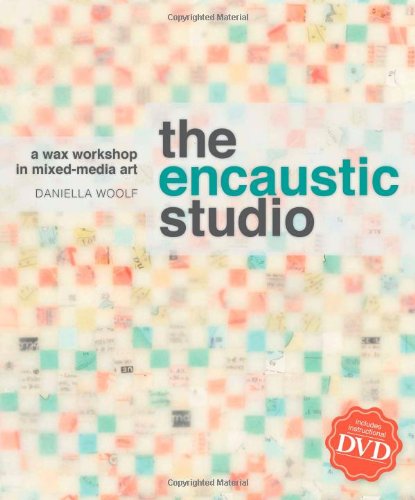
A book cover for The Encaustic Studio: A Wax Workshop in Mixed-Media Art; Daniella Woolf; Crafts, Hobbies & Home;